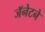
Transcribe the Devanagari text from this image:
जॅनेटने